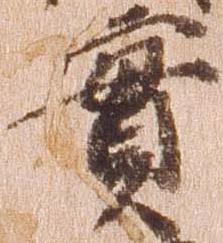
実